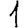
Digit: 1